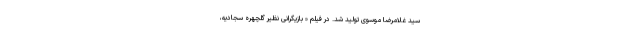
سید غلامرضا موسوی تولید شد. در فیلم « بازیگرانی نظیر گلچهره سجادیه،